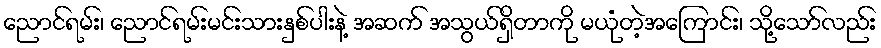
ညောင်ရမ်း၊ ညောင်ရမ်းမင်းသားနှစ်ပါးနဲ့ အဆက် အသွယ်ရှိတာကို မယုံတဲ့အကြောင်း၊ သို့သော်လည်း